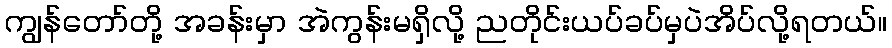
ကျွန်တော်တို့ အခန်းမှာ အဲကွန်းမရှိလို့ ညတိုင်းယပ်ခပ်မှပဲအိပ်လို့ရတယ်။